Note on the mental hospitals in Burma - 1925-1940
Year: 1925
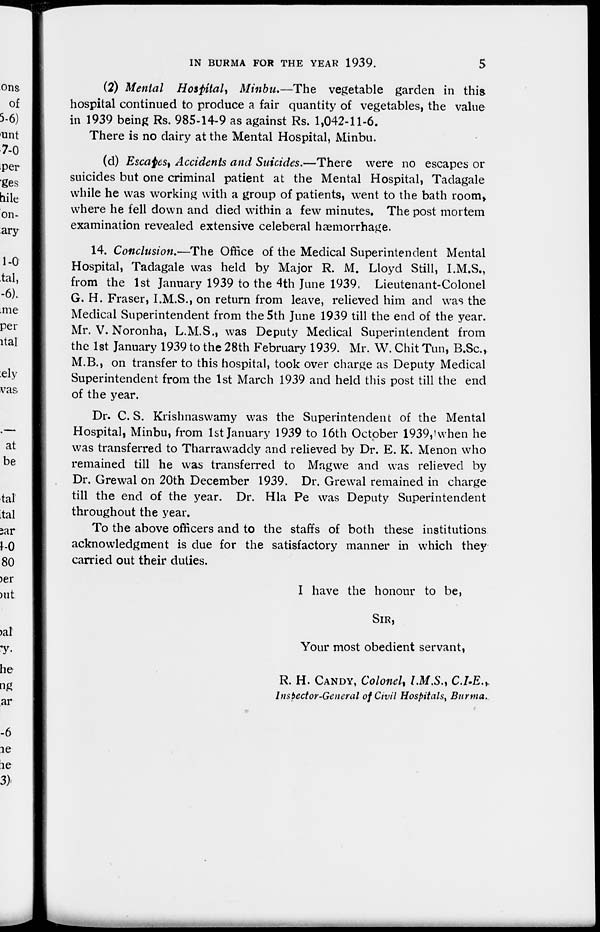
IN BURMA FOR THE YEAR 1939.
5
(2) Mental Hospital, Minbu.—The vegetable garden in this
hospital continued to produce a fair quantity of vegetables, the value
in 1939 being Rs. 985-14-9 as against Rs. 1,042-11-6.
There is no dairy at the Mental Hospital, Minbu.
(d) Escapes, Accidents and Suicides.—There were no escapes or
suicides but one criminal patient at the Mental Hospital, Tadagale
while he was working with a group of patients, went to the bath room,
where he fell down and died within a few minutes. The post mortem
examination revealed extensive celeberal haemorrhage.
14. Conclusion.—The Office of the Medical Superintendent Mental
Hospital, Tadagale was held by Major R. M. Lloyd Still, I.M.S.,
from the 1st January 1939 to the 4th June 1939, Lieutenant-Colonel
G. H. Fraser, I.M.S., on return from leave, relieved him and was the
Medical Superintendent from the 5th June 1939 till the end of the year.
Mr. V. Noronha, L.M.S., was Deputy Medical Superintendent from
the 1st January 1939 to the 28th February 1939. Mr. W. Chit Tun, B.Sc.,
M.B., on transfer to this hospital, took over charge as Deputy Medical
Superintendent from the 1st March 1939 and held this post till the end
of the year.
Dr. C. S. Krishnaswamy was the Superintendent of the Mental
Hospital, Minbu, from 1st January 1939 to 16th October 1939, when he
was transferred to Tharrawaddy and relieved by Dr. E. K. Menon who
remained till he was transferred to Magwe and was relieved by
Dr. Grewal on 20th December 1939. Dr. Grewal remained in charge
till the end of the year. Dr. Hla Pe was Deputy Superintendent
throughout the year.
To the above officers and to the staffs of both these institutions
acknowledgment is due for the satisfactory manner in which they
carried out their duties.
I have the honour to be,
SIR,
Your most obedient servant,
R. H. CANDY, Colonel, I.M.S., C.I.E .,
Inspector-General of Civil Hospitals, Burma.